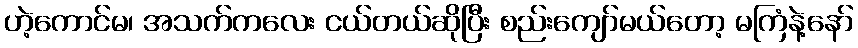
ဟဲ့ကောင်မ၊ အသက်ကလေး ငယ်တယ်ဆိုပြီး စည်းကျော်မယ်တော့ မကြံနဲ့နော်